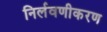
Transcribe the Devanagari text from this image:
निर्लवणीकरण